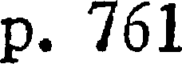
p. 761